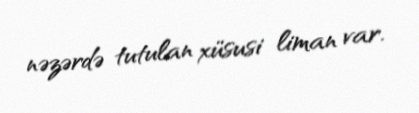
nəzərdə tutulan xüsusi liman var.